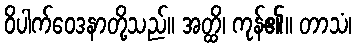
ဝိပါက်ဝေဒနာတို့သည်။ အတ္ထိ၊ ကုန်၏။ တာသံ၊